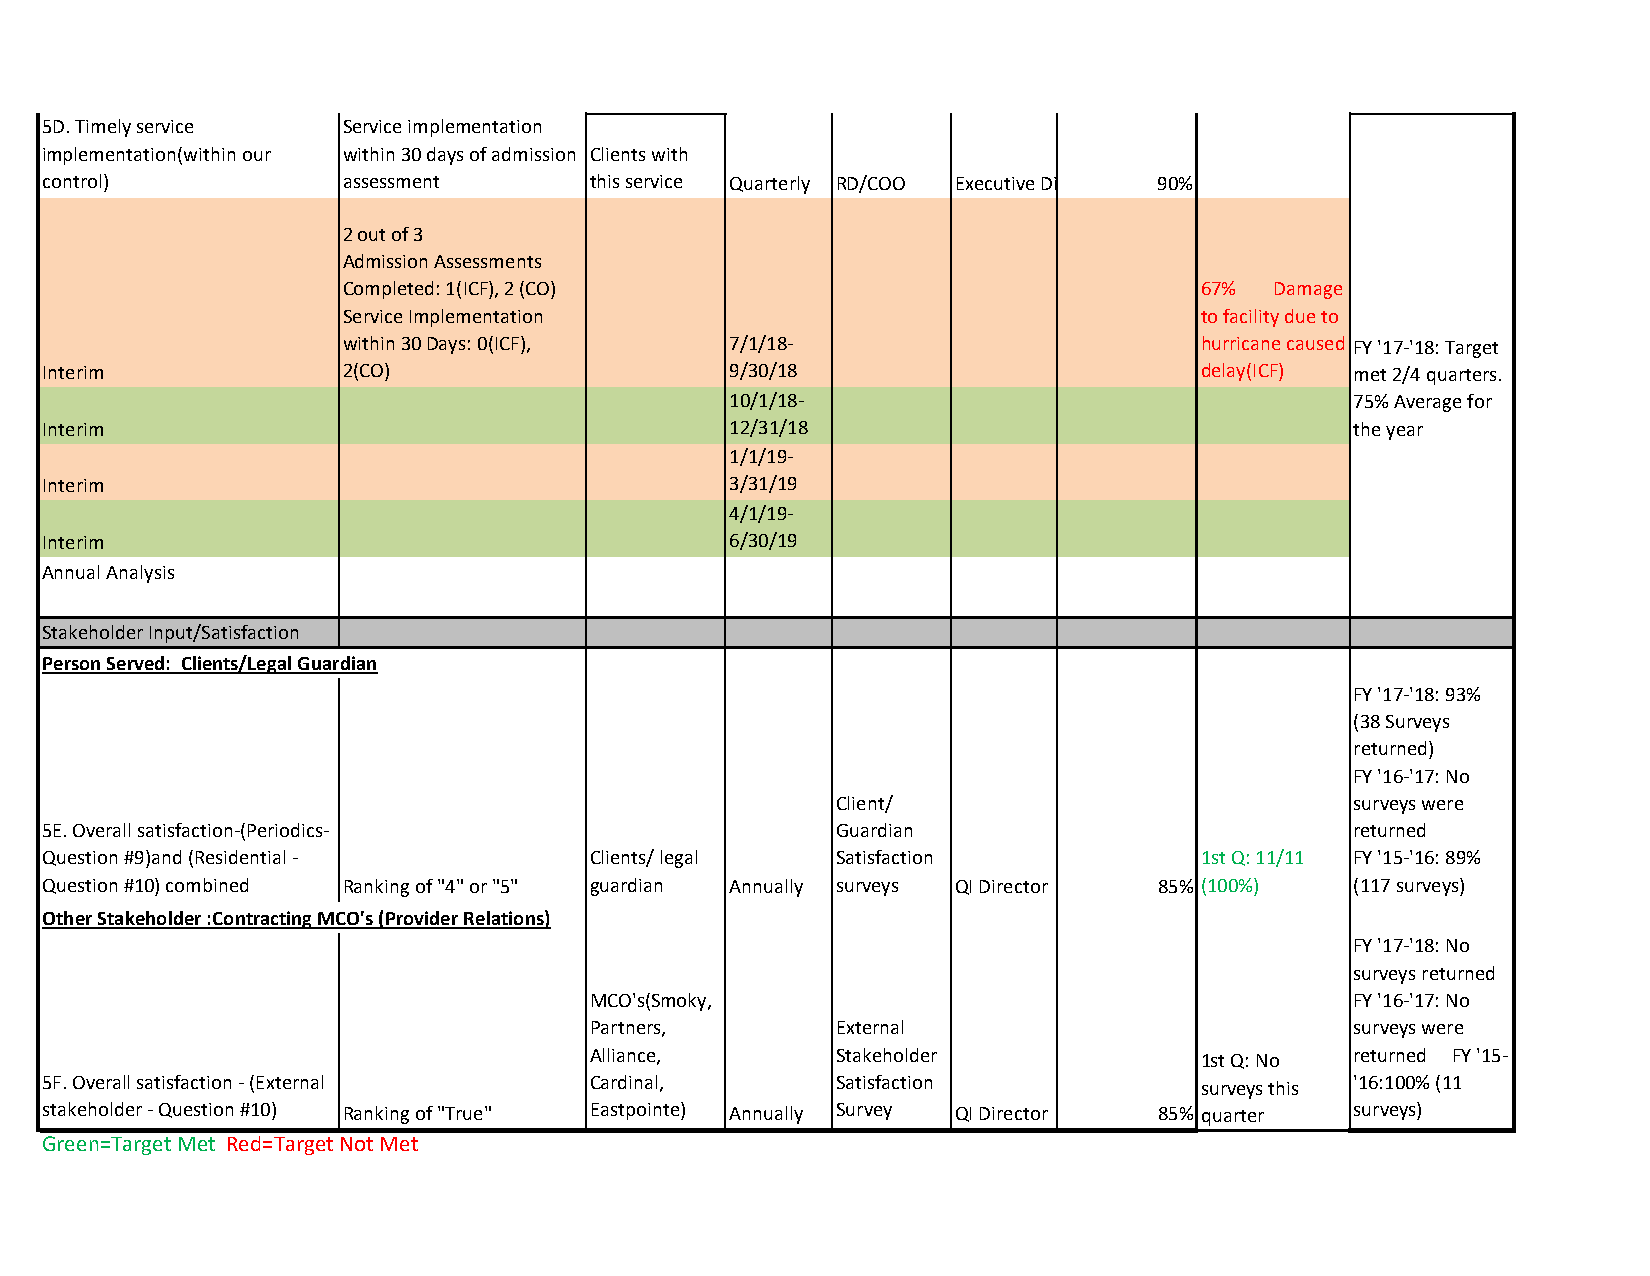
5D. Timely service  Service implementation
 implementation(within our within 30 days of admission Clients with
 control)            assessment      this service Quarterly RD/COO Executive Di 90%
 2 out of 3
 Admission Assessments
 Completed: 1(ICF), 2 (CO)                                67%  Damage
 Service Implementation                                   to facility due to
 within 30 Days: 0(ICF),  7/1/18-                         hurricane caused FY '17-'18: Target
 Interim             2(CO)                    9/30/18                         delay(ICF) met 2/4 quarters.
 10/1/18-                                  75% Average for
 Interim                                      12/31/18                                  the year
 1/1/19-
 Interim                                      3/31/19
 4/1/19-
 Interim                                      6/30/19
 Annual Analysis
 Stakeholder Input/Satisfaction
 Person Served: Clients/Legal Guardian
 FY '17-'18: 93%
 (38 Surveys
 returned)
 FY '16-'17: No
 Client/                            surveys were
 5E. Overall satisfaction-(Periodics-                Guardian                           returned
 Question #9)and (Residential -      Clients/ legal  Satisfaction             1st Q: 11/11 FY '15-'16: 89%
 Question #10) combined Ranking of "4" or "5" guardian Annually surveys QI Director 85% (100%) (117 surveys)
 Other Stakeholder :Contracting MCO's (Provider Relations)
 FY '17-'18: No
 surveys returned
 MCO's(Smoky,                                       FY '16-'17: No
 Partners,       External                           surveys were
 Alliance,       Stakeholder              1st Q: No returned FY '15-
 5F. Overall satisfaction - (External Cardinal,      Satisfaction             surveys this '16:100% (11
 stakeholder - Question #10) Ranking of "True" Eastpointe) Annually Survey QI Director 85% quarter surveys)
 Green=Target Met Red=Target Not Met